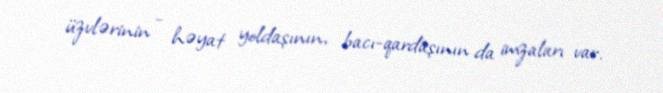
üzvlərinin - həyat yoldaşının, bacı-qardaşının da imzaları var.